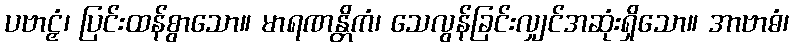
ပဗာဠှံ၊ ပြင်းထန်စွာသော။ မာရဏန္တိကံ၊ သေလွန်ခြင်းလျှင်အဆုံးရှိသော။ အာဗာဓံ၊